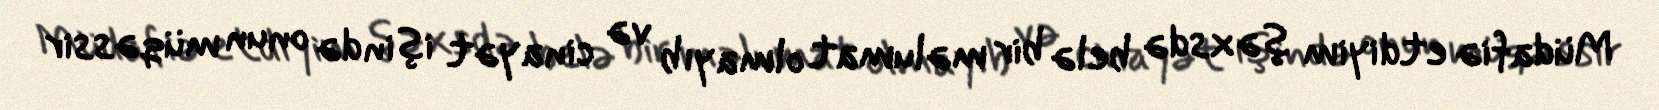
Müdafiə etdiyim şəxsdə belə bir məlumat olmayıb və cinayət işində onun müqəssir